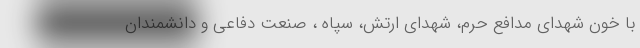
با خون شهدای مدافع حرم، شهدای ارتش، سپاه ، صنعت دفاعی و دانشمندان